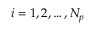
i = 1 , 2 , \ldots , N _ { p }